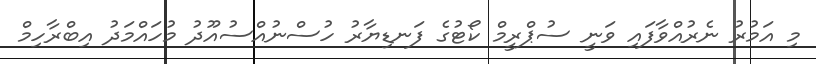
މި އަމުރު ނެރުއްވާފައި ވަނީ ސުޕްރީމް ކޯޓުގެ ފަނޑިޔާރު ހުސްނުއްސުއޫދު މުހައްމަދު އިބްރާހިމް